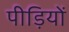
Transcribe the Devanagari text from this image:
पीड़ियों